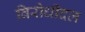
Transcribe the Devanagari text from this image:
विरोधीदल